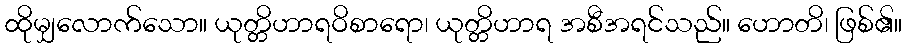
ထိုမျှလောက်သော။ ယုတ္တိဟာရဝိစာရော၊ ယုတ္တိဟာရ အစီအရင်သည်။ ဟောတိ၊ ဖြစ်၏။